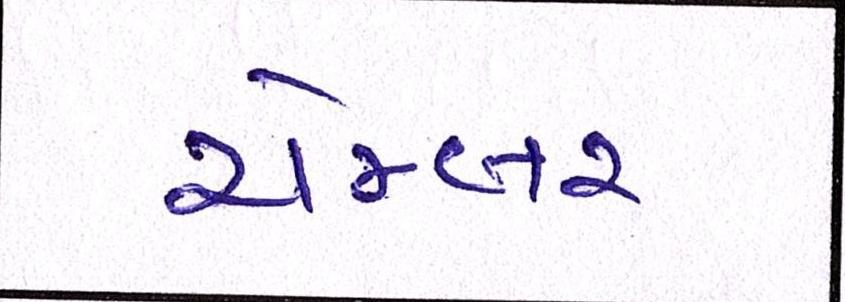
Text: ચેમ્બર